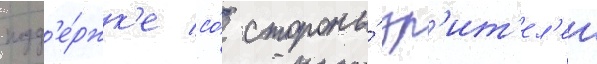
подд'е́ржк'е со́ стороны́ зр'ит'ел'еи